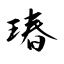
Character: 瑃